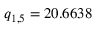
q _ { 1 , 5 } = 2 0 . 6 6 3 8